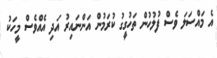
އެ މައްސަލަ ވެސް ފުލުހުން ތަހުގީގު ކުރަމުން އަންނައިރު އަދި އެއްވެސް މީހަކު